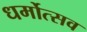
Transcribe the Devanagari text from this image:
धर्मोत्सव